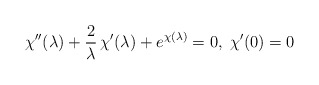
\begin{align*}\chi''(\lambda) + {2 \over \lambda} \, \chi'(\lambda) +e^{\chi(\lambda)} = 0 , \; \chi'(0) = 0\end{align*}